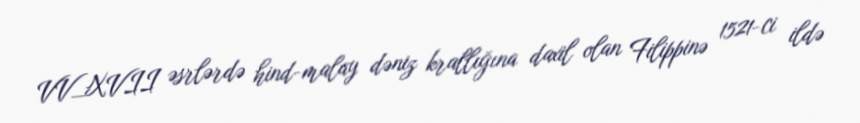
VV_XVII əsrlərdə hind-malay dəniz krallığına daxil olan Filippinə 1521-ci ildə